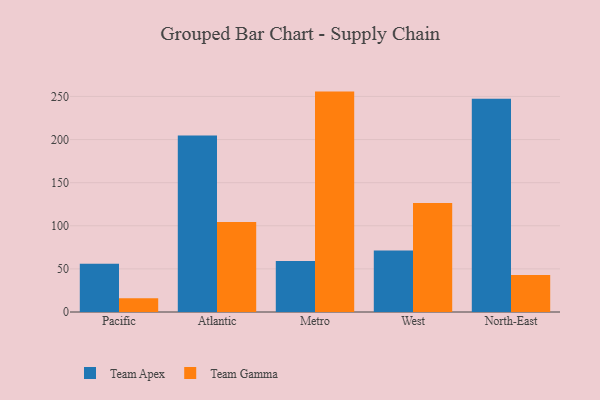
{"axis": {"x": "Region", "y": "Shipments"}, "legend": ["Team Apex", "Team Gamma"], "data": [{"x": "Pacific", "y": 56.0, "type": "Team Apex"}, {"x": "Pacific", "y": 16.0, "type": "Team Gamma"}, {"x": "Atlantic", "y": 204.6, "type": "Team Apex"}, {"x": "Atlantic", "y": 104.4, "type": "Team Gamma"}, {"x": "Metro", "y": 59.1, "type": "Team Apex"}, {"x": "Metro", "y": 255.6, "type": "Team Gamma"}, {"x": "West", "y": 71.3, "type": "Team Apex"}, {"x": "West", "y": 126.4, "type": "Team Gamma"}, {"x": "North-East", "y": 247.2, "type": "Team Apex"}, {"x": "North-East", "y": 42.8, "type": "Team Gamma"}]}